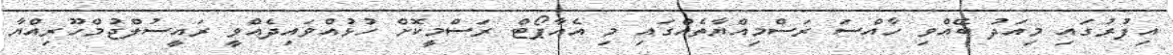
އިފުރުގައި މިއަދު ބޭއްވި ހާއްސަ ރަސްމިއްޔާތެއްގައި މި އެއާޕޯޓް ރަސްމީކޮށް ހުޅުއްވައިދެއްވީ ރައީސުލްޖުމްހޫރިއްޔާ